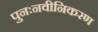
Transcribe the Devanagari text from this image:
पुनःनवीनिकरण